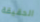
الحقيقة